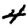
Digit: 4